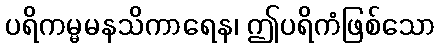
ပရိကမ္မမနသိကာရေန၊ ဤပရိကံဖြစ်သော